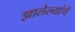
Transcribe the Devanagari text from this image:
झालेल्यांचे